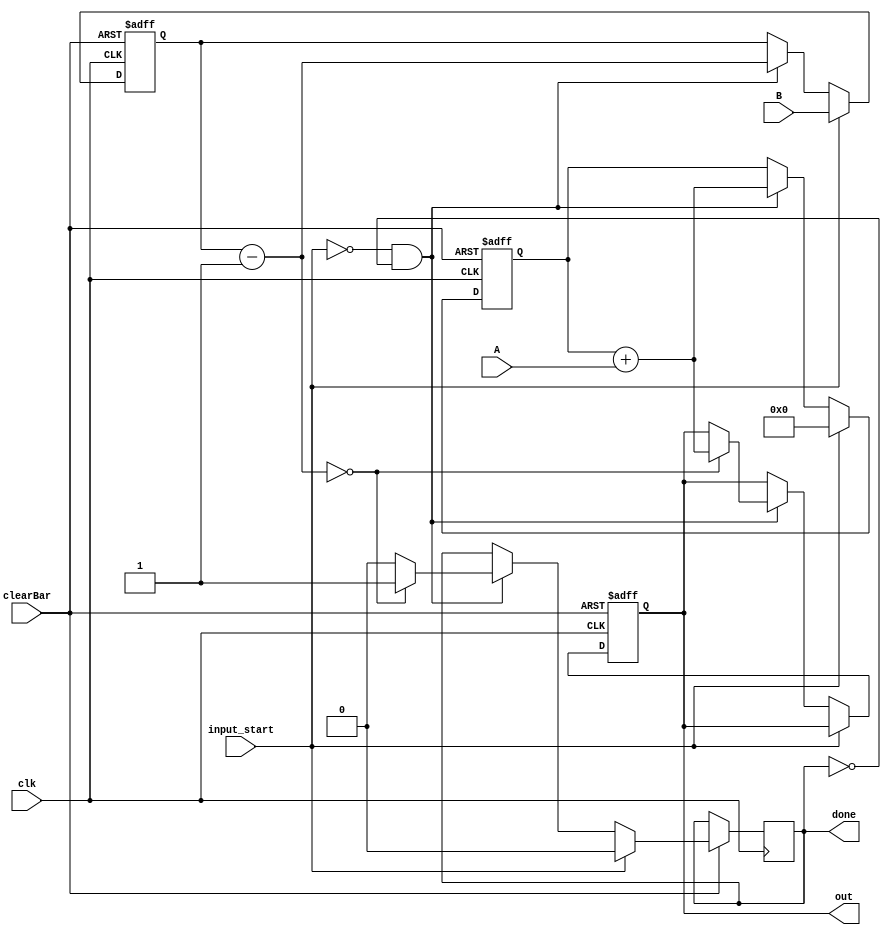
`timescale 1ns / 1ps
// Q$ : Sequential Multiplier
// Implementing a sequential multiplier using a temporary register and a buffer
module multi(
    output reg [15:0] out,
    output reg done,
    input [7:0] A,B,
    input clk, input_start, clearBar
    );
    reg[15:0] temp;
    reg [7:0] buff;
    always @(posedge clk, negedge clearBar) begin
    if(!clearBar) begin 
    // Clear all registers if clearBar == 0
    out <= 0;
    temp <= 0;
    buff <= 0;
    end
    else if(input_start==1)begin 
    // Signal to start the process. Load B into buffer for decrementing
        done <= 0;
        temp <= 0;
        buff <= B;
    end
    else if(input_start==0 && done==0) begin
        temp = temp + A;   // temp is used as a register to store repeated addtion of A
        buff = buff - 1;   // Decremtn buffer till buffer == 0
        if(buff==0)
        begin
        out =  temp;       // When Buffer is 0 set done = 1 and load the value in temp to output
        done = 1;
        end
        else done = 0;
    end
    else 
        out <= out;     // If input and done are 0. Keep latching the value of output (value of previos answer)
    end
endmodule